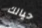
حيالك